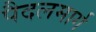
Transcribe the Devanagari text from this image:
पैदलमार्ग